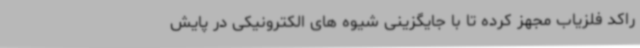
راکد فلزیاب مجهز کرده تا با جایگزینی شیوه های الکترونیکی در پایش